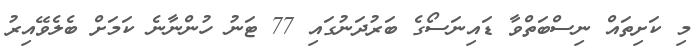
މި ކަށިތައް ނިސްބަތްވާ ޑައިނަސޯގެ ބަރުދަނުގައި 77 ޓަނު ހުންނާނެ ކަމަށް ބެލެވޭއިރު